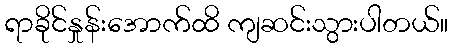
ရာခိုင်နှုန်းအောက်ထိ ကျဆင်းသွားပါတယ်။